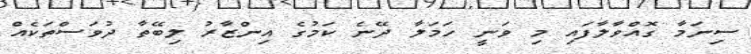
ސިނަމާ ގޮއްވާލާފައި މި ވަނީ ހަމަލާ ދޭނެ ކަމުގެ އިންޒާރު ލިބޭތާ ދުވަސްތަކެއް